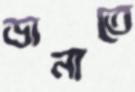
ডানাতে